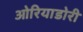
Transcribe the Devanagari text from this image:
ओरियाडोरी